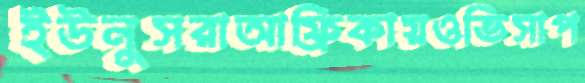
ইউনুসরাআফ্রিকায়ওভিসাপ